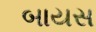
બાયસ